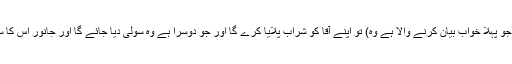
تم میں سے ایک (جو پہلا خواب بیان کرنے والا ہے وہ) تو اپنے آقا کو شراب پلایا کرے گا اور جو دوسرا ہے وہ سولی دیا جائے گا اور جانور اس کا سر کھا جائیں گے۔